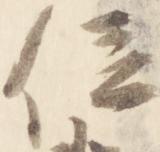
位